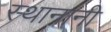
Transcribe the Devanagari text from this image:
स्थानांनी